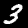
Digit: 3